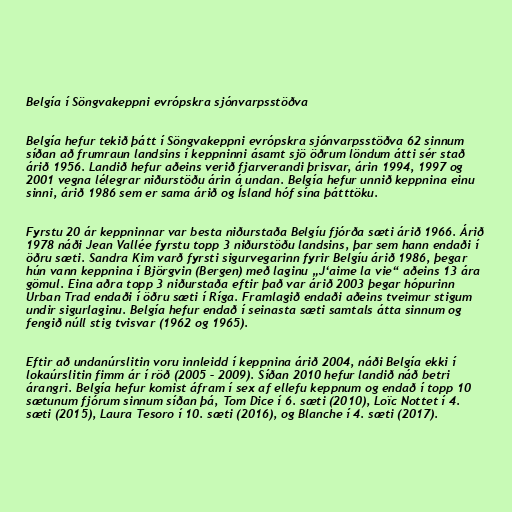
Belgía í Söngvakeppni evrópskra sjónvarpsstöðva

Belgía hefur tekið þátt í Söngvakeppni evrópskra sjónvarpsstöðva 62 sinnum
síðan að frumraun landsins í keppninni ásamt sjö öðrum löndum átti sér stað
árið 1956. Landið hefur aðeins verið fjarverandi þrisvar, árin 1994, 1997 og
2001 vegna lélegrar niðurstöðu árin á undan. Belgía hefur unnið keppnina einu
sinni, árið 1986 sem er sama árið og Ísland hóf sína þátttöku.

Fyrstu 20 ár keppninnar var besta niðurstaða Belgíu fjórða sæti árið 1966. Árið
1978 náði Jean Vallée fyrstu topp 3 niðurstöðu landsins, þar sem hann endaði í
öðru sæti. Sandra Kim varð fyrsti sigurvegarinn fyrir Belgíu árið 1986, þegar
hún vann keppnina í Björgvin (Bergen) með laginu „J‘aime la vie“ aðeins 13 ára
gömul. Eina aðra topp 3 niðurstaða eftir það var árið 2003 þegar hópurinn
Urban Trad endaði í öðru sæti í Ríga. Framlagið endaði aðeins tveimur stigum
undir sigurlaginu. Belgía hefur endað í seinasta sæti samtals átta sinnum og
fengið núll stig tvisvar (1962 og 1965).

Eftir að undanúrslitin voru innleidd í keppnina árið 2004, náði Belgía ekki í
lokaúrslitin fimm ár í röð (2005 – 2009). Síðan 2010 hefur landið náð betri
árangri. Belgía hefur komist áfram í sex af ellefu keppnum og endað í topp 10
sætunum fjórum sinnum síðan þá, Tom Dice í 6. sæti (2010), Loïc Nottet í 4.
sæti (2015), Laura Tesoro í 10. sæti (2016), og Blanche í 4. sæti (2017).